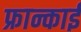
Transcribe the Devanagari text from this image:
फ्रान्काई